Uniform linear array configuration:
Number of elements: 16
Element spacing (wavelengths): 1
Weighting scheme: hann
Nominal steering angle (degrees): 0
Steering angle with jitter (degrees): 0.3114
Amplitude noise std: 0.05
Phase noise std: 0.05

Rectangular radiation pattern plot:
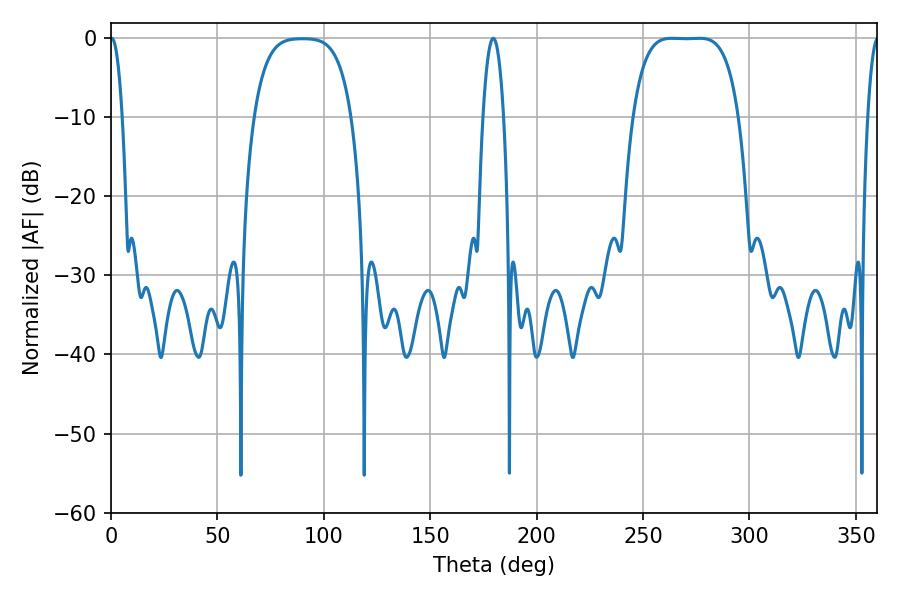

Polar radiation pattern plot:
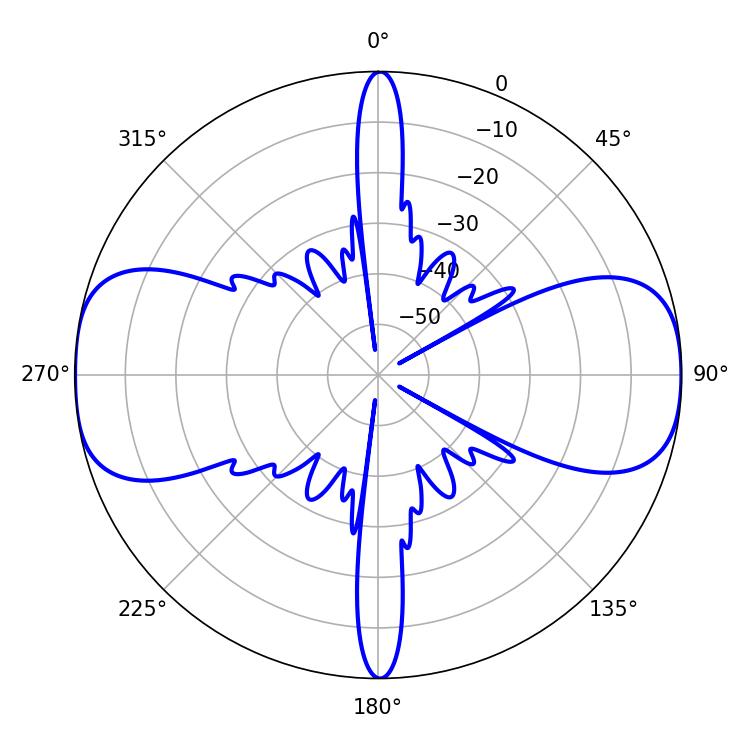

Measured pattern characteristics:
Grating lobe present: TRUE
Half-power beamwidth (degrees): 38.16
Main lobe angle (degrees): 263.52